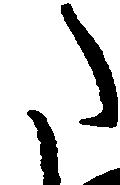
た